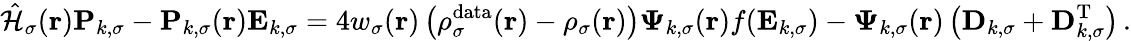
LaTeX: \hat{\mathcal{{H}}}_{\sigma}(\boldsymbol{\textbf{r}})\mathbf{P}_{k,\sigma}-\mathbf{P}_{k,\sigma}(\boldsymbol{\textbf{r}})\mathbf{E}_{k,\sigma}=4w_{\sigma}(\boldsymbol{\textbf{r}})\left(\rho_{\sigma}^{\mathrm{data}}(\boldsymbol{\textbf{r}})-\rho_{\sigma}(\boldsymbol{\textbf{r}})\right)\boldsymbol{\Psi}_{k,\sigma}(\boldsymbol{\textbf{r}})f(\mathbf{E}_{k,\sigma})-\boldsymbol{\Psi}_{k,\sigma}(\boldsymbol{\textbf{r}})\left(\mathbf{D}_{k,\sigma}+\mathbf{D}_{k,\sigma}^{\mathrm{T}}\right)\, .